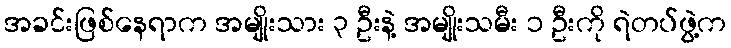
အခင်းဖြစ်နေရာက အမျိုးသား ၃ ဦးနဲ့ အမျိုးသမီး ၁ ဦးကို ရဲတပ်ဖွဲ့က